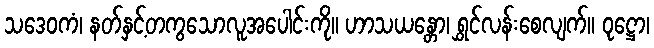
သဒေဝကံ၊ နတ်နှင့်တကွသောလူအပေါင်းကို။ ဟာသယန္တော၊ ရွှင်လန်းစေလျက်။ ဝုဋ္ဌော၊